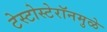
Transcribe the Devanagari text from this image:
टेस्टोस्टेरॉनमुळे